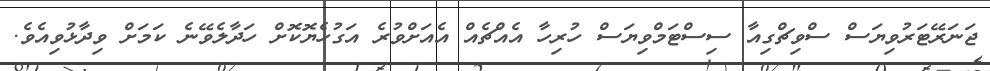
ޖަނަރޭޓަރުވިޔަސް ސްވިޗްގިއާ ސިސްޓަމްވިޔަސް ހުރިހާ އެއްޗެއް އެއަށްވުރެ އަގުހެޔޮކޮށް ހަދާލެވޭނެ ކަމަށް ވިދާޅުވިއެވެ.